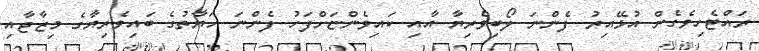
ރައްޓެހިވެގެން އުޅޭއިރު ފެންނަ ލޯބިވެރިޔާ އާއި ކައިވެންޏަށްފަހު ފެންނަ ހަޔާތުގެ ބައިވެރިޔާގެ މިޒާޖާއި